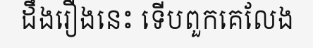
ដឹងរឿងនេះ ទើបពួកគេលែង